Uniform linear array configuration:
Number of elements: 12
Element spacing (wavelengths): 0.25
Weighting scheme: kaiser
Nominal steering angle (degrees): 0
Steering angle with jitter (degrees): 1.479
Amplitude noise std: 0.05
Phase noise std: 0.05

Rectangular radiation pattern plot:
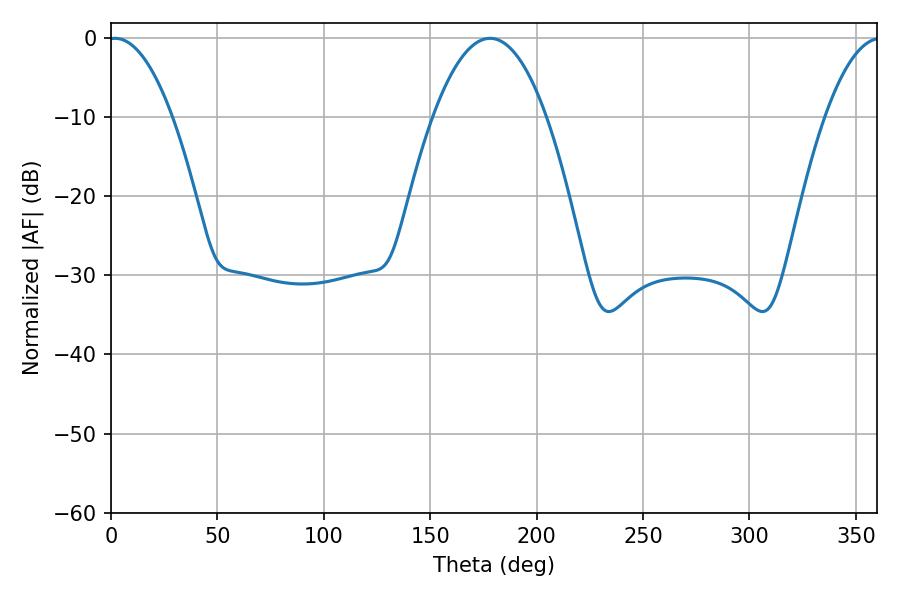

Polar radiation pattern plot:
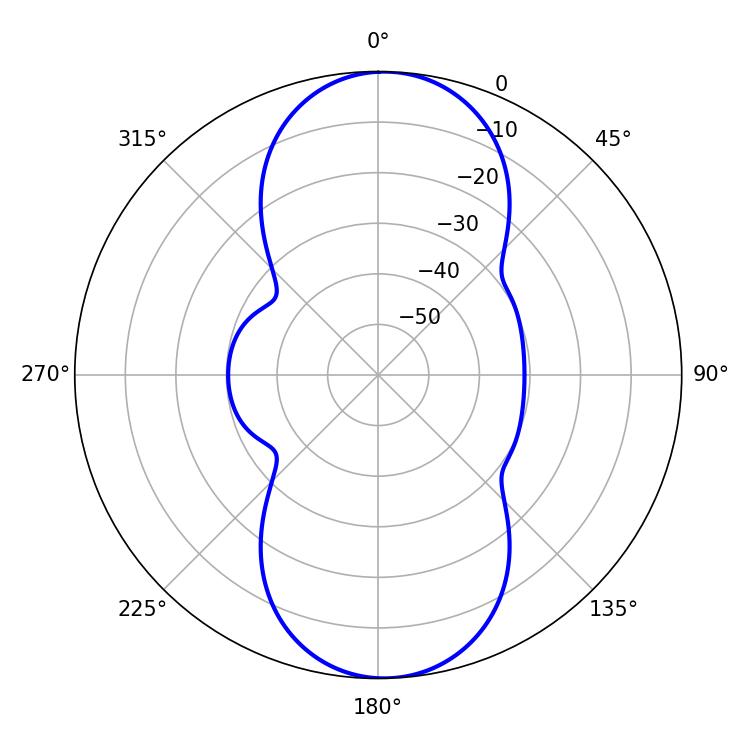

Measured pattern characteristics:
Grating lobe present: FALSE
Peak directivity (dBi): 17.148
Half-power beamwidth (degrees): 16.56
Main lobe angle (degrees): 1.98